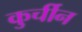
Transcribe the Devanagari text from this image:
कुर्चीन